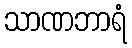
သာဏဘာရံ